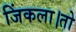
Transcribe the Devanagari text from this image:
जिंकला।तो